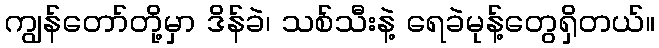
ကျွန်တော်တို့မှာ ဒိန်ခဲ၊ သစ်သီးနဲ့ ရေခဲမုန့်တွေရှိတယ်။